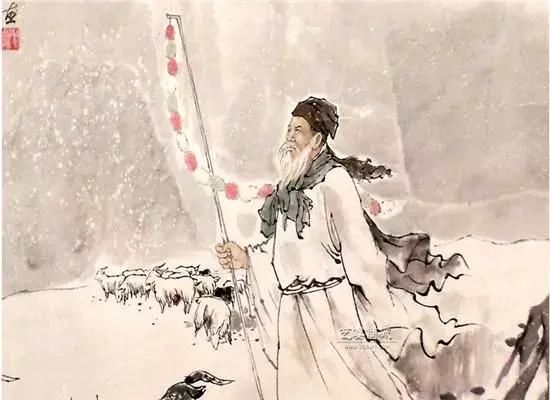
千万恨，恨极在天涯。